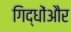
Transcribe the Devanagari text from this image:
गिद्धोंऔर